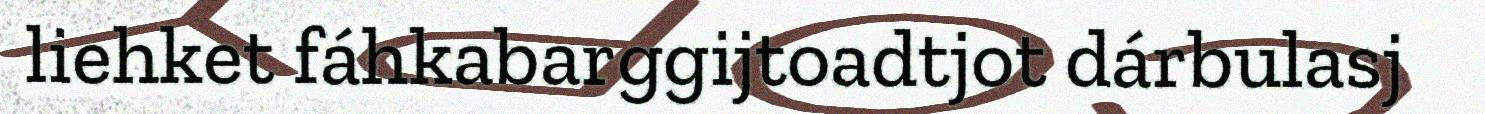
liehket fáhkabarggijtoadtjot dárbulasj